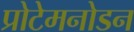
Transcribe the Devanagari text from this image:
प्रोटेमनोडन